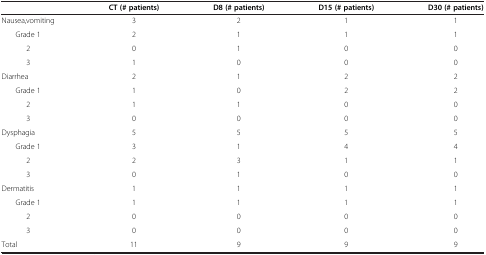
<table><thead><tr><td><b> </b></td><td><b>CT (# patients)</b></td><td><b>D8 (# patients)</b></td><td><b>D15 (# patients)</b></td><td><b>D30 (# patients)</b></td></tr></thead><tbody><tr><td>Nausea,vomiting</td><td>3</td><td>2</td><td>1</td><td>1</td></tr><tr><td>Grade 1</td><td>2</td><td>1</td><td>1</td><td>1</td></tr><tr><td>2</td><td>0</td><td>1</td><td>0</td><td>0</td></tr><tr><td>3</td><td>1</td><td>0</td><td>0</td><td>0</td></tr><tr><td>Diarrhea</td><td>2</td><td>1</td><td>2</td><td>2</td></tr><tr><td>Grade 1</td><td>1</td><td>0</td><td>2</td><td>2</td></tr><tr><td>2</td><td>1</td><td>1</td><td>0</td><td>0</td></tr><tr><td>3</td><td>0</td><td>0</td><td>0</td><td>0</td></tr><tr><td>Dysphagia</td><td>5</td><td>5</td><td>5</td><td>5</td></tr><tr><td>Grade 1</td><td>3</td><td>1</td><td>4</td><td>4</td></tr><tr><td>2</td><td>2</td><td>3</td><td>1</td><td>1</td></tr><tr><td>3</td><td>0</td><td>1</td><td>0</td><td>0</td></tr><tr><td>Dermatitis</td><td>1</td><td>1</td><td>1</td><td>1</td></tr><tr><td>Grade 1</td><td>1</td><td>1</td><td>1</td><td>1</td></tr><tr><td>2</td><td>0</td><td>0</td><td>0</td><td>0</td></tr><tr><td>3</td><td>0</td><td>0</td><td>0</td><td>0</td></tr><tr><td>Total</td><td>11</td><td>9</td><td>9</td><td>9</td></tr></tbody></table>